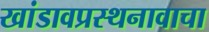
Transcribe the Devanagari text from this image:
खांडावप्रस्थनावाचा